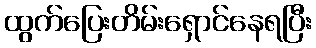
ထွက်ပြေးတိမ်းရှောင်နေရပြီး